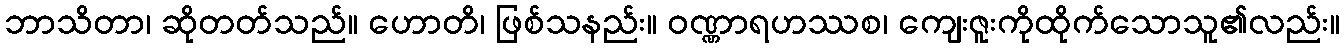
ဘာသိတာ၊ ဆိုတတ်သည်။ ဟောတိ၊ ဖြစ်သနည်း။ ဝဏ္ဏာရဟဿစ၊ ကျေးဇူးကိုထိုက်သောသူ၏လည်း။